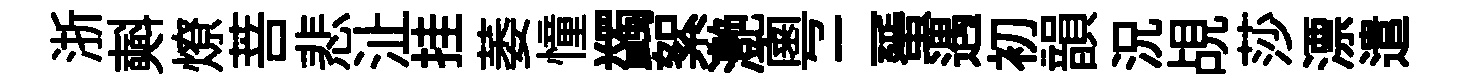
浙𣂏燎菩悲沚挂萎憧蠲絮灔粵二蜑遇初韻況覘莎漂遣